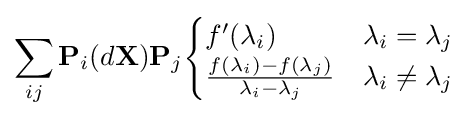
\sum _{ij}\mathbf {P} _{i}(d\mathbf {X} )\mathbf {P} _{j}{\begin{cases}f'(\lambda _{i})&\lambda _{i}=\lambda _{j}\\{\frac {f(\lambda _{i})-f(\lambda _{j})}{\lambda _{i}-\lambda _{j}}}&\lambda _{i}\neq \lambda _{j}\end{cases}}